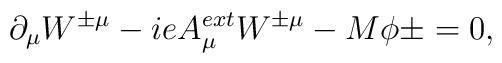
\partial _{\mu} W^{\pm\mu} - ie A^{ext}_{\mu} W^{\pm\mu} - M           \phi{\pm} = 0,